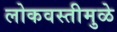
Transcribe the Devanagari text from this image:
लोकवस्तीमुळे